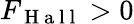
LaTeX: F_{\mathrm{~H~a~l~l~}}>0